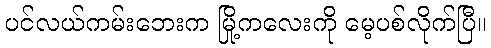
ပင်လယ်ကမ်းဘေးက မြို့ကလေးကို မေ့ပစ်လိုက်ပြီ။